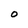
Character: O